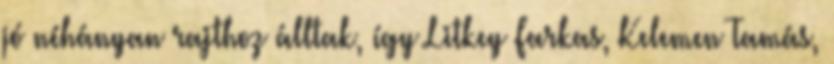
jó néhányan rajthoz álltak, így Litkey Farkas, Kelemen Tamás,